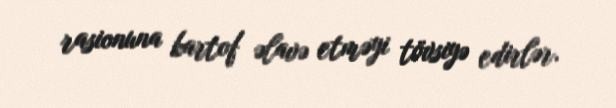
rasionuna kartof əlavə etməyi tövsiyə edirlər.